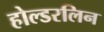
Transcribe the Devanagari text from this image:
होल्डरलिन